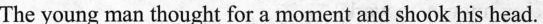
The young man thought for a moment and shook his head.